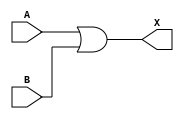
`timescale 1ns/1ps

module or_delay(A, B, X);
input A, B;
output X;
wire d;

    assign #10 d = B;
    or (X, A, d);

endmodule